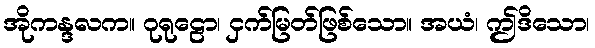
အိုကန္ဒလက။ ဂုရုဠော၊ ငှက်မြတ်ဖြစ်သော။ အယံ၊ ဤဒိသော၊